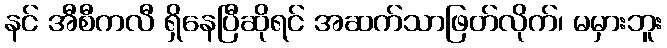
နင် အီစီကလီ ရှိနေပြီဆိုရင် အဆက်သာဖြတ်လိုက်၊ မမှားဘူး